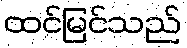
ထင်မြင်သည်